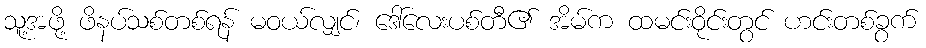
သူ့အဖို့ ဖိနပ်သစ်တစ်ရန် မဝယ်လျှင်၊ ဒေါ်လေးပစ်တီ၏ အိမ်က ထမင်းဝိုင်းတွင် ဟင်းတစ်ခွက်